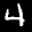
Label: 4